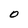
Character: O